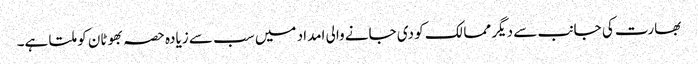
بھارت کی جانب سے دیگر ممالک کو دی جانے والی امداد میں سب سے زیادہ حصہ بھوٹان کو ملتا ہے۔